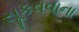
સૂકવવાના